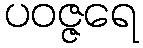
ပဝဇ္ဇရေ